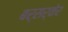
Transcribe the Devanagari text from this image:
बर्सर्केर